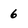
Character: 6